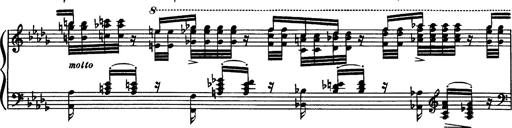
Title: Paraphrase de concert sur Rigoletto
Composer: Franz Liszt